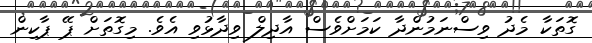
ގޮތަކާ މެދު ވިސްނަމުންދާ ކަމަށްވެސް އާދިލް ވިދާޅުވި އެވެ. މިގޮތަށް ޕޭ ޕާކިން